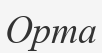
Орта